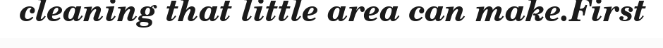
cleaning that little area can make.First